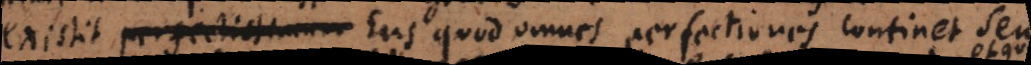
existit perfectissimum Ens quod omnes perfectiones continet seu